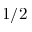
1 / 2